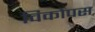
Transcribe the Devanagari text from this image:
विकोपस